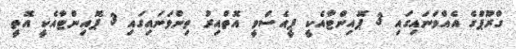
ގްރޫޕްގެ އެއްވަނައިގައި 3 ޕޮއިންޓާއެކީ ޕީއެސްވީ އޮތްއިރު ތިންވަނައިގައި 3 ޕޮއިންޓާއެކީ އޮތީ